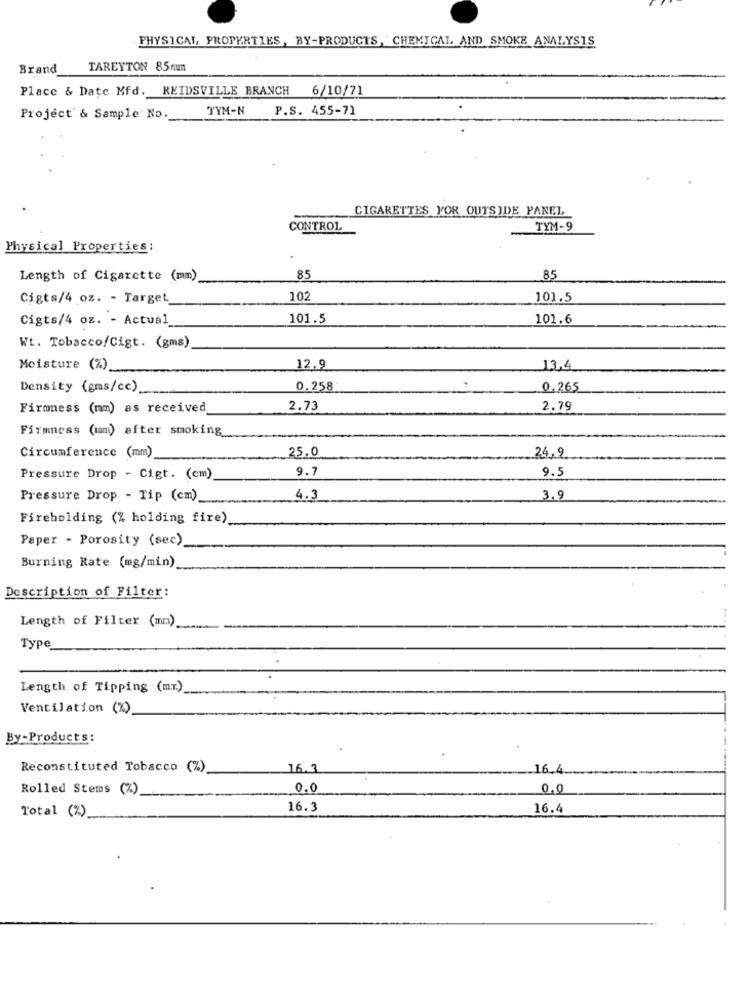
PHYSICAL PROPERTIES, BY-PRODUCTS, CHEMICAL AND SMOKE ANALYSIS
Brand
TAREYTON 85mm
Place & Date Mfd. REIDSVILLE BRANCH 6/10/71
TYM-N
P.S. 455-71
Project' & Sample No.
CIGARETTES FOR OUTSIDE PANEL
CONTROL
TYM-9
Physical Properties:
Length of Cigarette (mm)
85
85
Cigts/4 oz. - Target
102
101.5
Cigts/4 oz. - Actual_
101.5
101.6
Wt. Tobacco/Cigt. (gms)
Moisture (%)
12,9
13.4
Density (gms/cc)
0.258
0.265
Firmness (mm) as received
2.73
2.79
Firmness (tam) after smoking
25.0
24.9
Circumference (mm).
9.7
9.5
Pressure Drop - Cigt. (cm)
Pressure Drop - Tip (cm)
4.3
3.9
Fireholding (% holding fire)
Paper - Porosity (sec)
Burning Rate (mg/min)
Description of Filter:
Length of Filter (mm)
Type
Length of Tipping (mr.)
Ventilation (%)
By-Products:
Reconstituted Tobacco (%)
16.3
16.4
Rolled Stems (%)
0.0
0.0
Total (%)
16.3
16.4